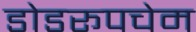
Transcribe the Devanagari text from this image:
डोडरूपचेम